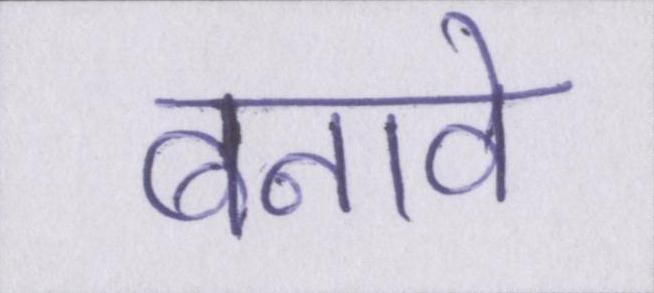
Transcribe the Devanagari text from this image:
बनावे